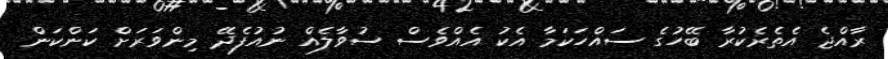
ރާއްޖެ އެތެރެކުރާ ބޭހުގެ ސައްހަކަމާ އެކު އެއްވެސް ސުވާލެއް ނުއުފެދޭ މިންވަރަށް ކަންކަން